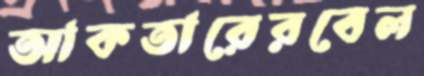
আকতারেরবেল